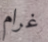
غرام